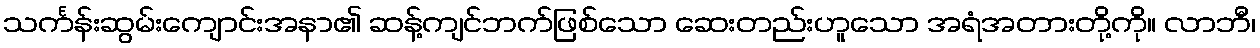
သင်္ကန်းဆွမ်းကျောင်းအနာ၏ ဆန့်ကျင်ဘက်ဖြစ်သော ဆေးတည်းဟူသော အရံအတားတို့ကို။ လာဘီ၊